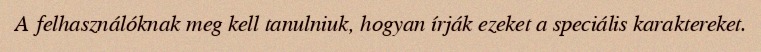
A felhasználóknak meg kell tanulniuk, hogyan írják ezeket a speciális karaktereket.